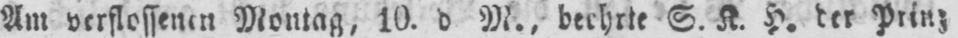
Am verflossenen Montag, 10. d M., beehrte S. K. H. der Prinz